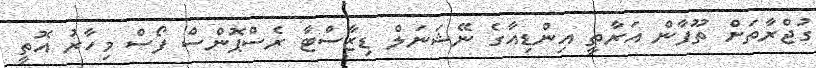
ގުޖްރާތަށް ތޫފާން އަރާތީ އިންޑިއާގެ ނޭޝަނަލް ޑިޒާސްޓާ ރެސްޕޮންސް ފޯސް މިހާރު އޮތީ